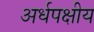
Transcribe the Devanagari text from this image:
अर्धपक्षीय